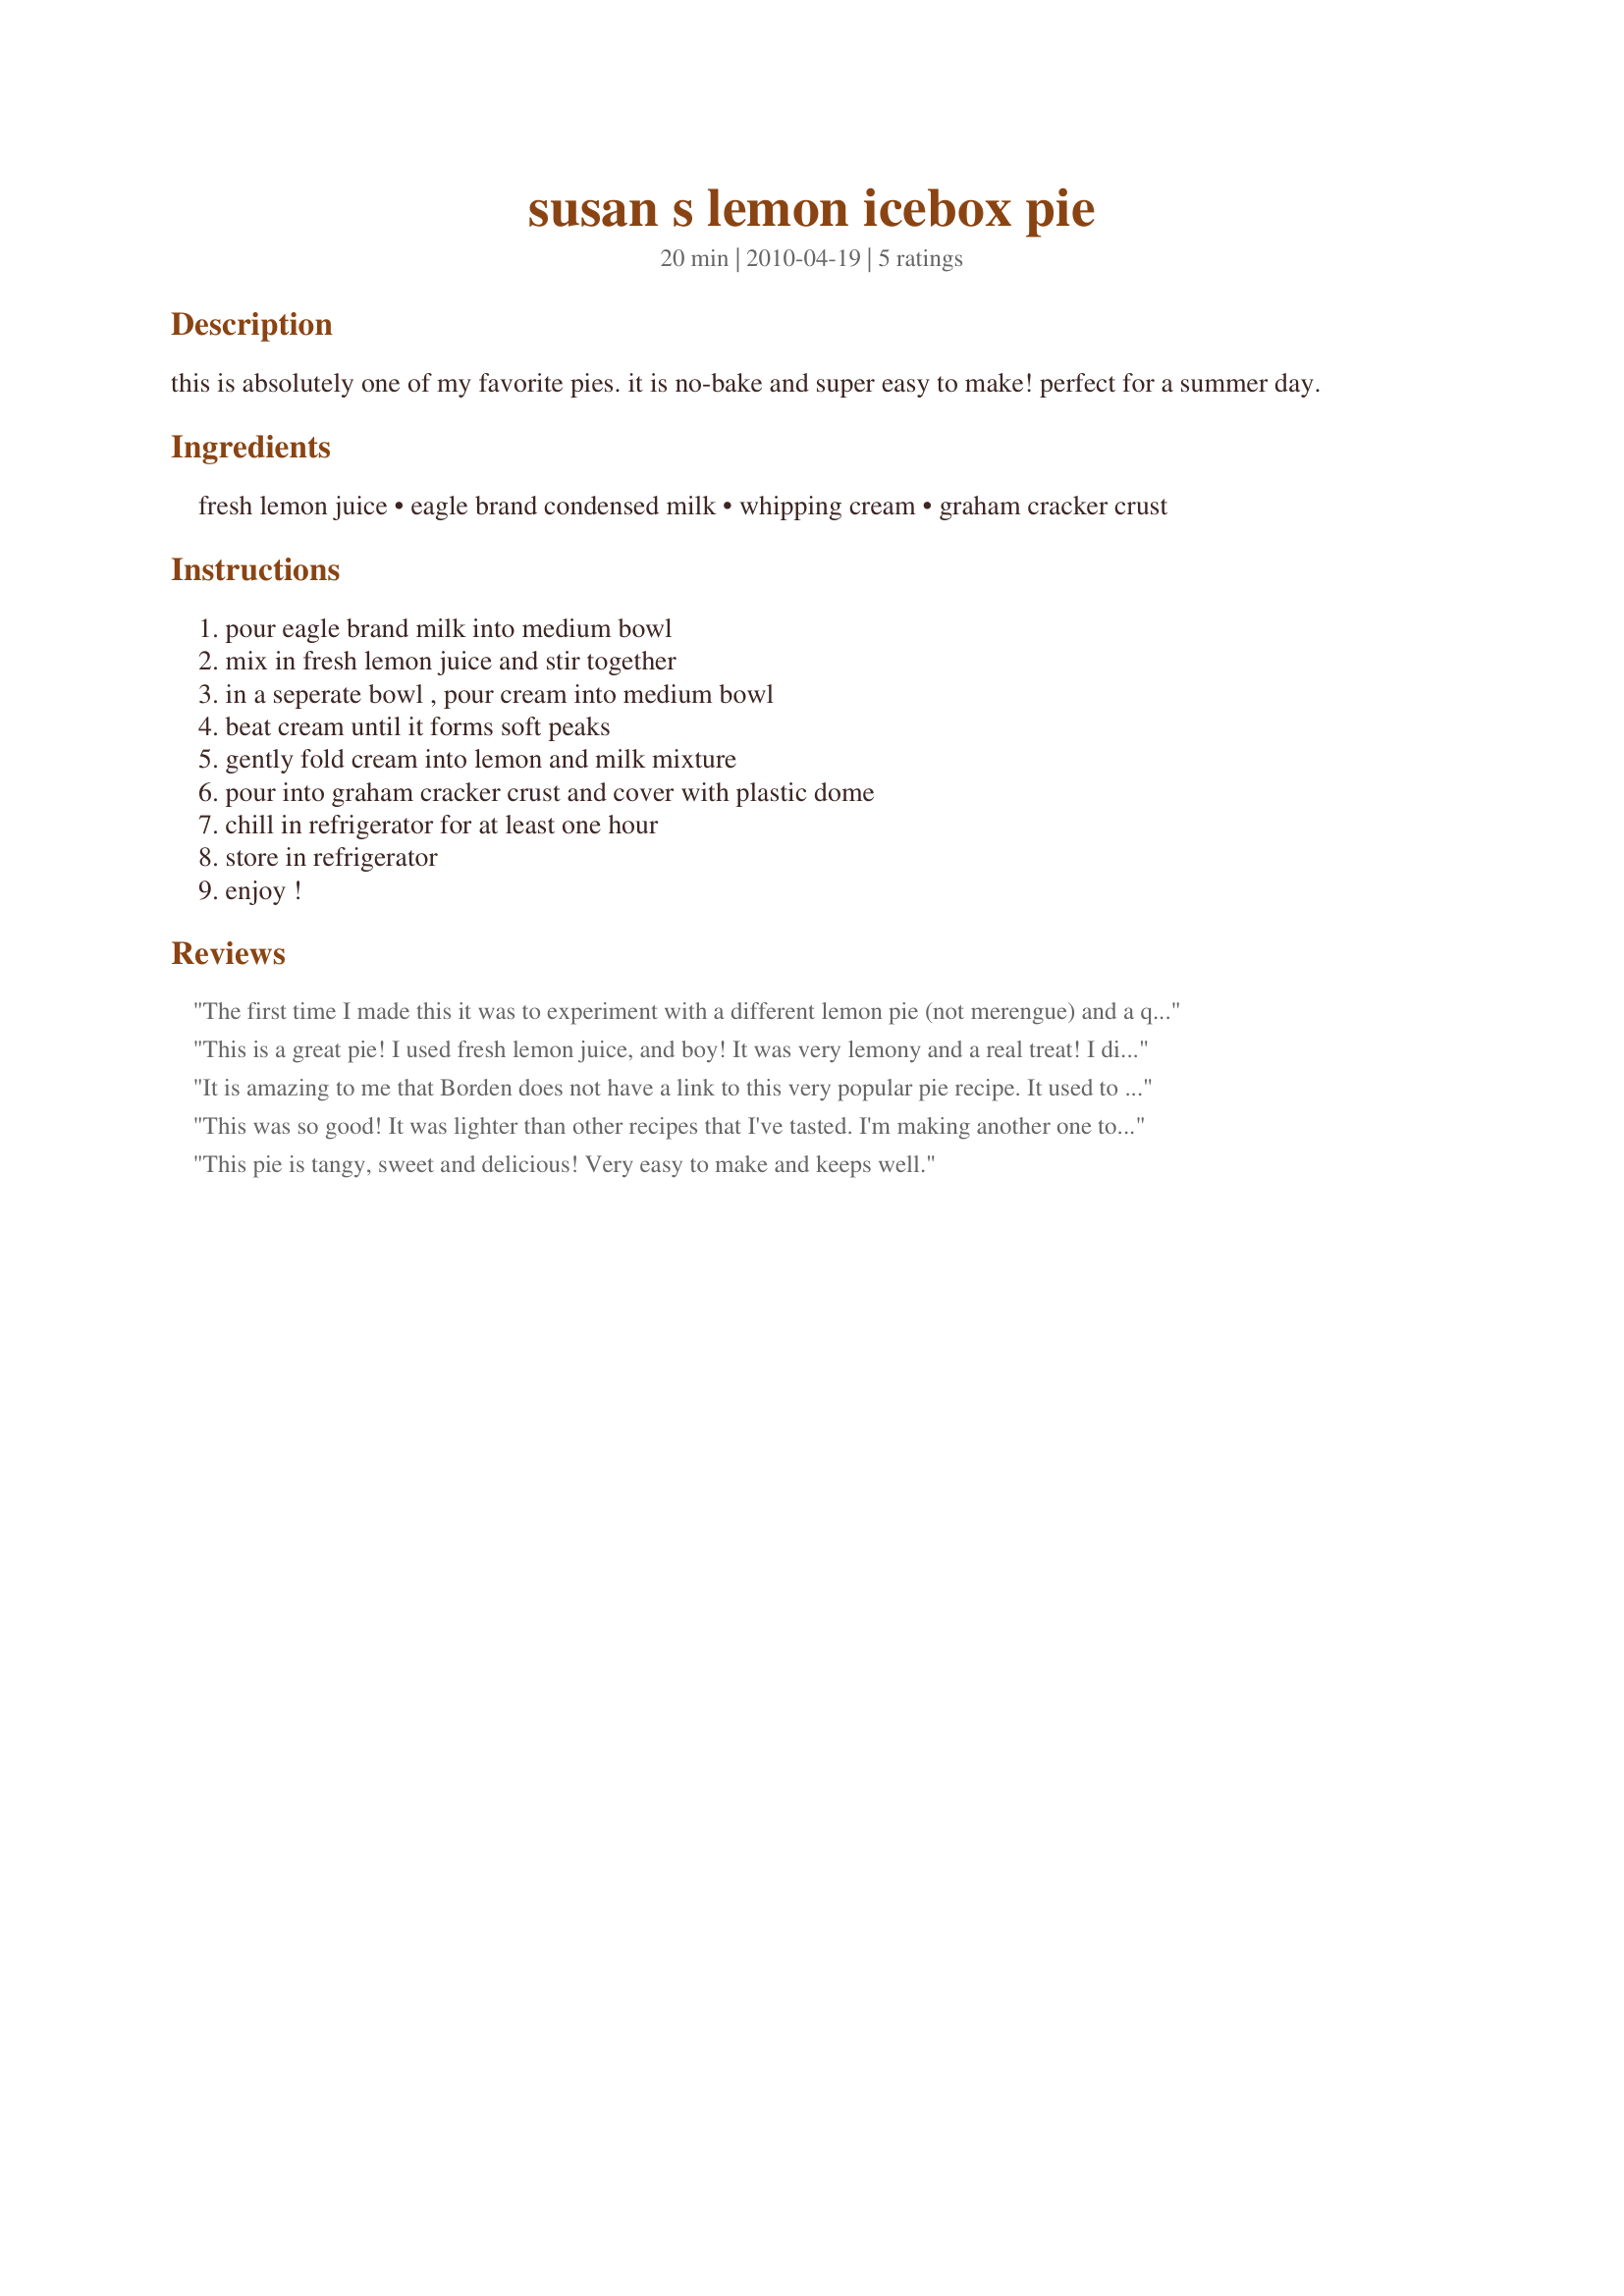
susan s lemon icebox pie
Preparation time: 20 minutes

this is absolutely one of my favorite pies. it is no-bake and super easy to make! perfect for a summer day.

Ingredients:
fresh lemon juice, eagle brand condensed milk, whipping cream, graham cracker crust

Steps:
pour eagle brand milk into medium bowl, mix in fresh lemon juice and stir together, in a seperate bowl , pour cream into medium bowl, beat cream until it forms soft peaks, gently fold cream into lemon and milk mixture, pour into graham cracker crust and cover with plastic dome, chill in refrigerator for at least one hour, store in refrigerator, enjoy !

Reviews:
The first time I made this it was to experiment with a different lemon pie (not merengue) and a quick and easy one. This pie got rave reviews and has become a major favorite! Like made at least 10 times since last Thanksgiving! Bravo, this one is truly a keeper.
This is a great pie! I used fresh lemon juice, and boy! It was very lemony and a real treat! I didn't fold the condensed milk mixture in at the end, I used my electric blender, and it was still great.It is very easy and seems more extravagant than a "jello pie". Will definitely do this one again. Made for PAC, Spring 2011.
It is amazing to me that Borden does not have a link to this very popular pie recipe. It used to be printed inside the label of Eagle Brand Sweetened Condensed Milk. Thank you for putting this out there. I had lost my recipe, and, although the recipe is very easy, I was unsure of measurements of ingredients! This is fantastic!!!!
This was so good! It was lighter than other recipes that I've tasted. I'm making another one tomorrow to share with everyone at work!
This pie is tangy, sweet and delicious! Very easy to make and keeps well.
